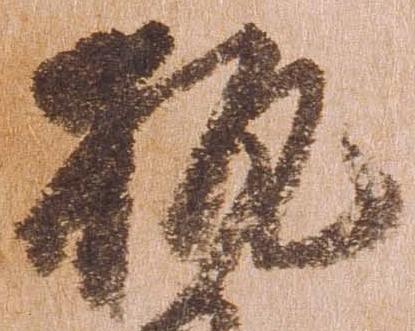
執